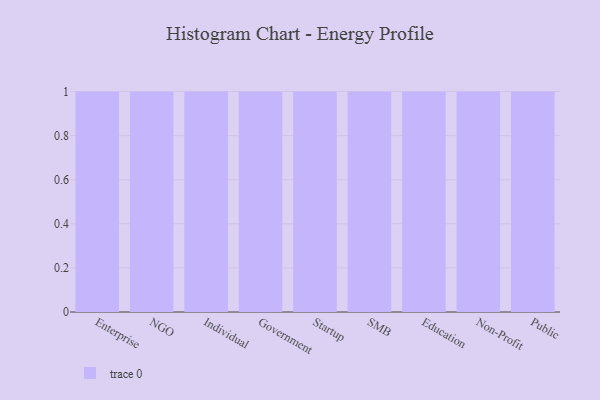
{"axis": {"x": "Segment", "y": "Conversion Rate (%)"}, "legend": [""], "data": [{"x": "Enterprise", "y": 7, "type": ""}, {"x": "NGO", "y": 75, "type": ""}, {"x": "Individual", "y": 14, "type": ""}, {"x": "Government", "y": 19, "type": ""}, {"x": "Startup", "y": 48, "type": ""}, {"x": "SMB", "y": 91, "type": ""}, {"x": "Education", "y": 88, "type": ""}, {"x": "Non-Profit", "y": 72, "type": ""}, {"x": "Public", "y": 78, "type": ""}]}